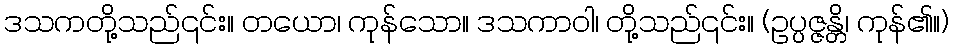
ဒသကတို့သည်၎င်း။ တယော၊ ကုန်သော။ ဒသကာဝါ၊ တို့သည်၎င်း။ (ဥပ္ပဇ္ဇန္တိ၊ ကုန်၏။)